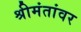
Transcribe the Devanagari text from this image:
श्रीमंतांवर